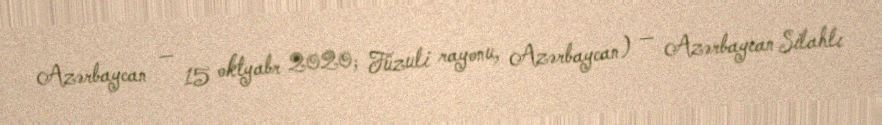
Azərbaycan — 15 oktyabr 2020; Füzuli rayonu, Azərbaycan) — Azərbaycan Silahlı